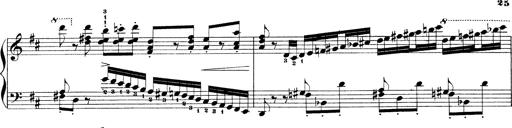
Title: Illustrations de l'opÃ©ra L'Africaine
Composer: Franz Liszt